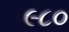
૯૮૦